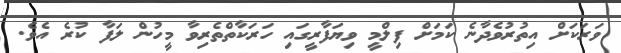
ވަރަކަށް އިތުރުވެދާނެ ކަމަށް ފިލްމީ ވިޔަފާރީގައި ހަރަކާތްތެރިވާ މީހުން ލަފާ ކުރެ އެވެ.